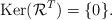
LaTeX: \begin{align*}\hbox{Ker}(\mathcal R^T) =\{0\}. \end{align*}